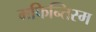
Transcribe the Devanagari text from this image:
मफिन्तिस्म